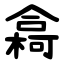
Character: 樖